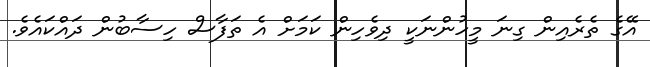
އޭގެ ތެރެއިން ގިނަ މީހުންނަކީ ދިވެހިން ކަމަށް އެ ތަފާސް ހިސާބުން ދައްކައެވެ.